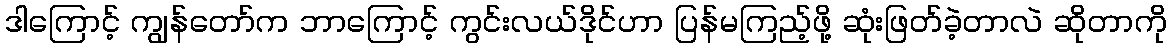
ဒါကြောင့် ကျွန်တော်က ဘာကြောင့် ကွင်းလယ်ဒိုင်ဟာ ပြန်မကြည့်ဖို့ ဆုံးဖြတ်ခဲ့တာလဲ ဆိုတာကို